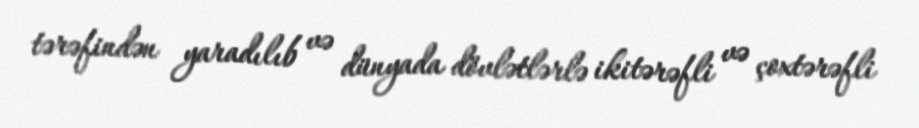
tərəfindən yaradılıb və dünyada dövlətlərlə ikitərəfli və çoxtərəfli